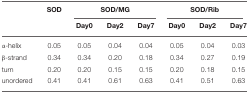
<table><thead><tr><td></td><td><b>SOD</b></td><td colspan="3"><b>SOD/MG</b></td><td colspan="3"><b>SOD/Rib</b></td></tr><tr><td></td><td></td><td><b>Day0</b></td><td><b>Day2</b></td><td><b>Day7</b></td><td><b>Day0</b></td><td><b>Day2</b></td><td><b>Day7</b></td></tr></thead><tbody><tr><td>α-helix</td><td>0.05</td><td>0.05</td><td>0.04</td><td>0.04</td><td>0.05</td><td>0.04</td><td>0.03</td></tr><tr><td>β-strand</td><td>0.34</td><td>0.34</td><td>0.20</td><td>0.18</td><td>0.34</td><td>0.27</td><td>0.19</td></tr><tr><td>turn</td><td>0.20</td><td>0.20</td><td>0.15</td><td>0.15</td><td>0.20</td><td>0.18</td><td>0.15</td></tr><tr><td>unordered</td><td>0.41</td><td>0.41</td><td>0.61</td><td>0.63</td><td>0.41</td><td>0.51</td><td>0.63</td></tr></tbody></table>